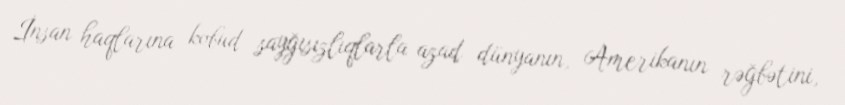
İnsan haqlarına kobud sayğısızlıqlarla azad dünyanın, Amerikanın rəğbətini,